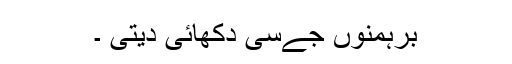
برہمنوں جےسی دکھائی دیتی ۔